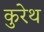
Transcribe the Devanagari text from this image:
कुरेथ